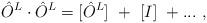
LaTeX: \begin{align*}\hat O^L\cdot\hat O^L=[\hat O^L]~+~[I]~+...~,\end{align*}